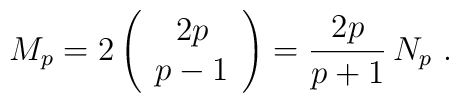
M_p =  2\left(\begin{array}{c}2p\\ p-1 \end{array}\right) = \frac{2p}{p+1}\, N_p \ .